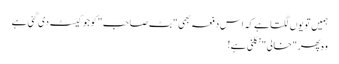
ہمیں تو یوں لگتا ہے کہ اس دفعہ بھی "بٹ صاحب" کو جو کیسٹ دی گئی ہے
وہ پھر "خالی" نکلنی ہے!